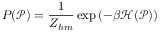
P ( \mathcal P ) = \frac 1 { Z _ { h m } } \exp { \left( - \beta \mathcal H ( \mathcal P ) \right) }